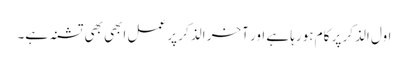
اول الذکر پر کام ہورہا ہے اور آخر الذکر پر عمل ابھی بھی تشنہ ہے۔